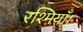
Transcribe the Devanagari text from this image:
रश्मियाँ।